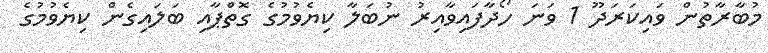
މުބާރާތުން ވައިކަރަދޫ 1 ވަނަ ހޯދާފައިވާއިރު ނުބަލާ ކިޔެވުމުގެ ގޮތްޕާއި ބަލައިގެން ކިޔެވުމުގެ